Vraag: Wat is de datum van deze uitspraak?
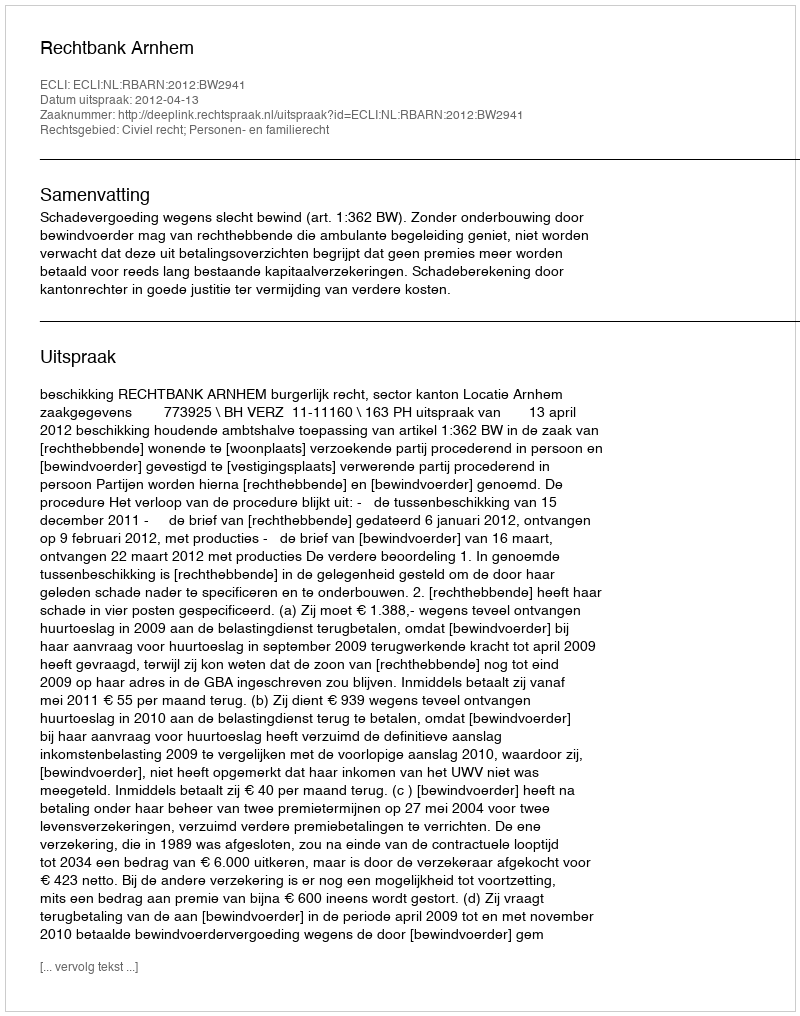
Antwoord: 2012-04-13